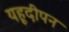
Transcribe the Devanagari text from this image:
यहूदीपन